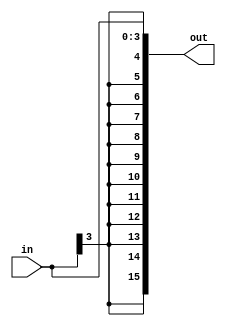
`timescale 1ns / 1ps
//////////////////////////////////////////////////////////////////////////////////
// Company: 
// Engineer: 
// 
// Design Name: 
// Module Name: signExt4-to-16
// Project Name: 
// Target Devices: 
// Tool Versions: 
// Description: 
// 
// Dependencies: 
// 
// Revision:
// Revision 0.01 - File Created
// Additional Comments:
// 
//////////////////////////////////////////////////////////////////////////////////


module signExt4to16(
    input [3:0] in,
    output wire [15:0] out
    );
    
    assign out = {{12{in[3]}},in};
endmodule